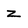
Character: z